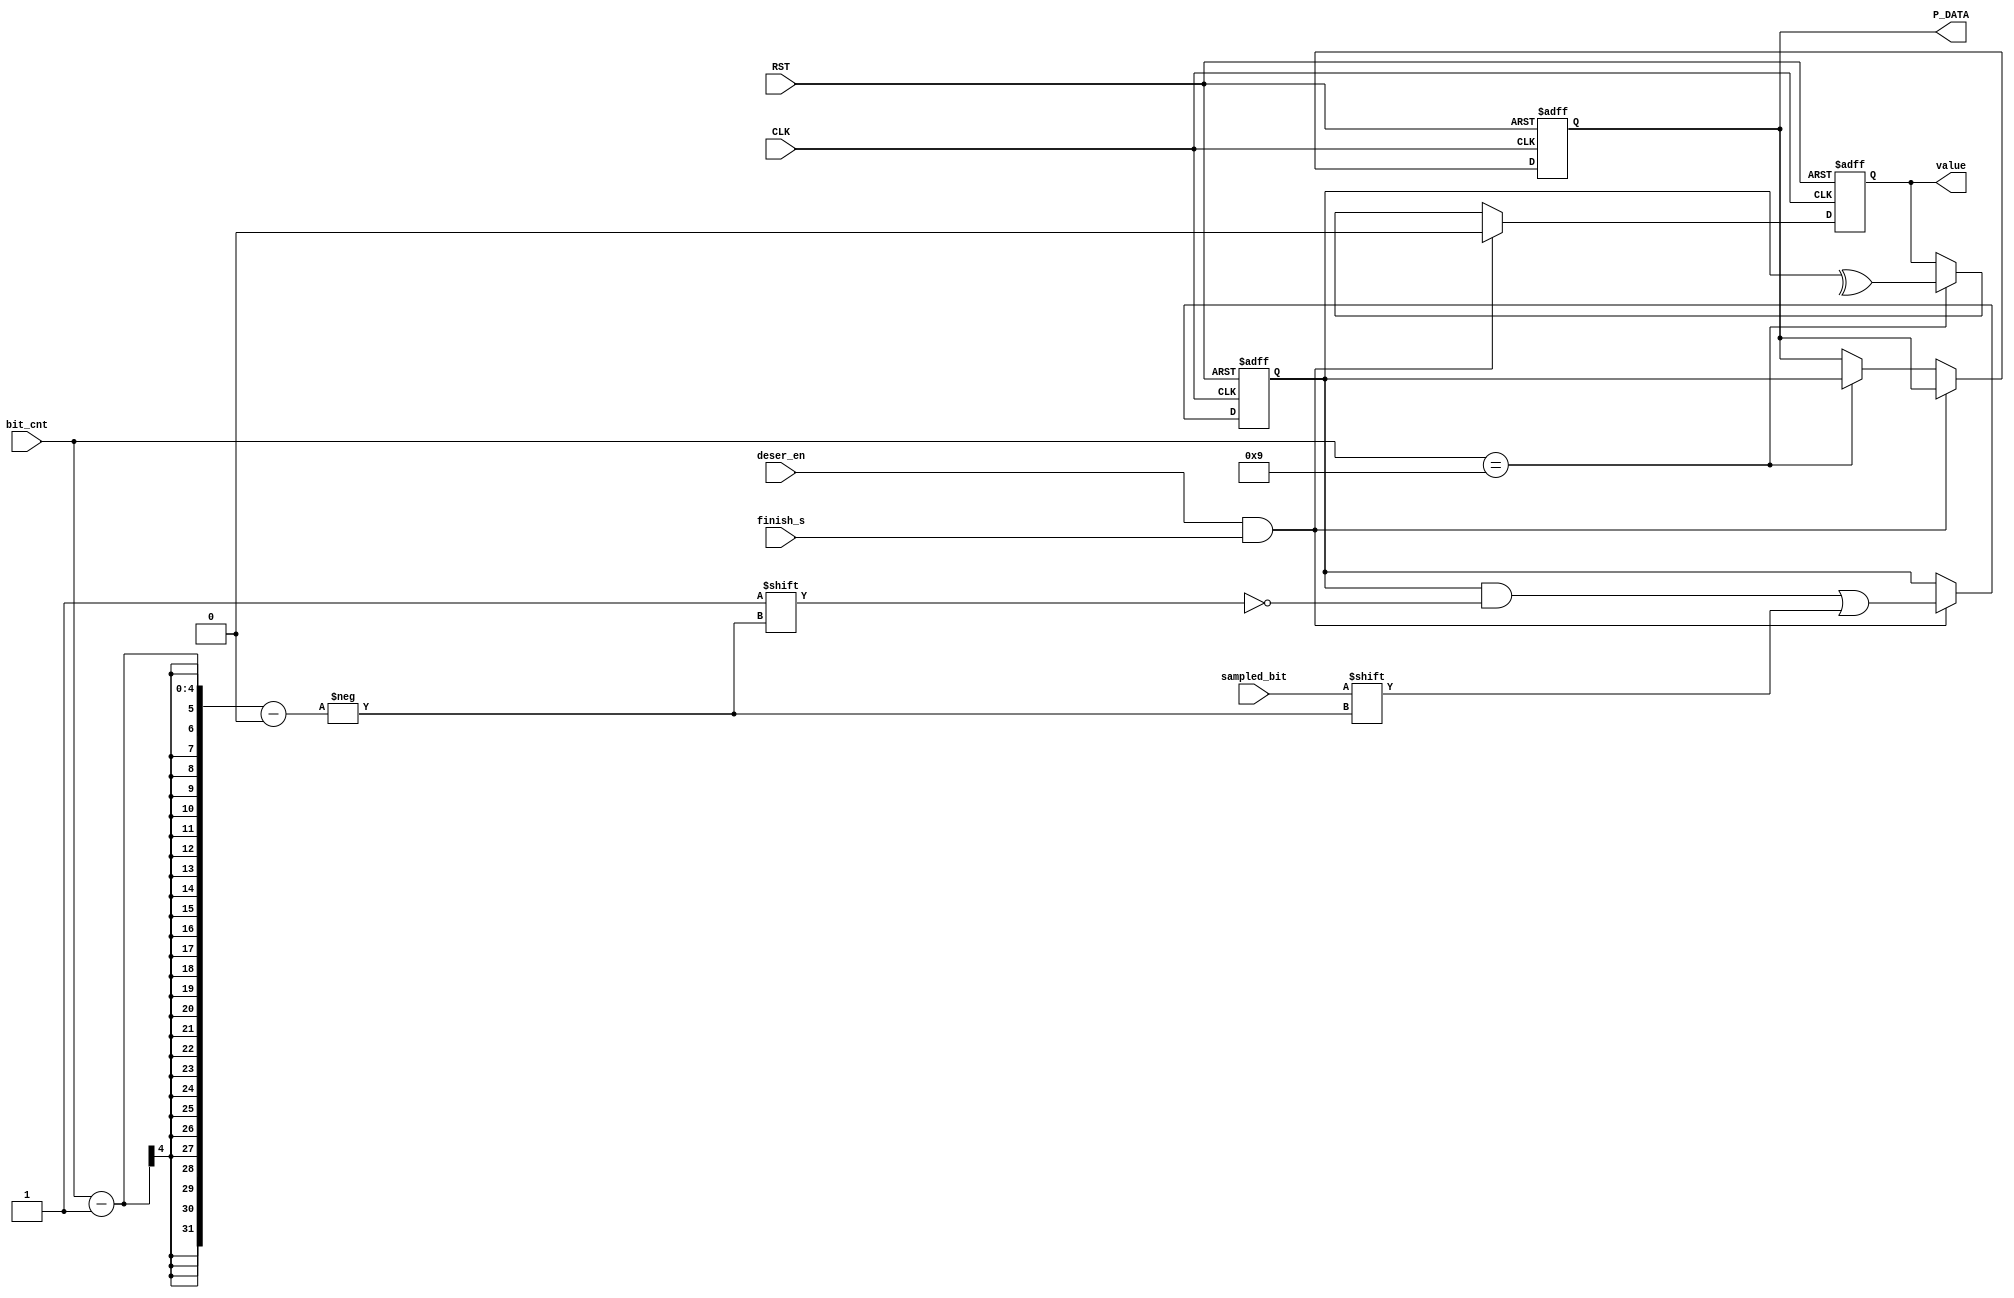
    module desrializer
  (
  input wire CLK,
  input wire RST,
  input wire deser_en,
  input wire sampled_bit,
  input wire finish_s,
  input wire [3:0] bit_cnt,
  output reg value,
  output reg [7:0] P_DATA 
  );
  
  reg [7:0] register;
  
  always@(posedge CLK or negedge RST)
  begin
    if (!RST)
      begin
        register <= 0;
        P_DATA <= 0;
        value <= 0;
      end
   else if(deser_en && finish_s)
      begin
        register [bit_cnt-1] <= sampled_bit;
        value <= 0;
      end
   else if (bit_cnt == 9)
        begin
          P_DATA <= register;
          value <= ^register;
        end
      
  end
  
endmodule